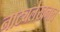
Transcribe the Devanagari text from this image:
नाट्यलेखनात